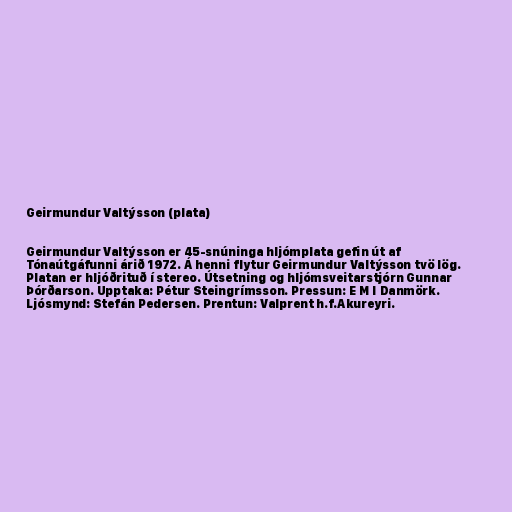
Geirmundur Valtýsson (plata)

Geirmundur Valtýsson er 45-snúninga hljómplata gefin út af
Tónaútgáfunni árið 1972. Á henni flytur Geirmundur Valtýsson tvö lög.
Platan er hljóðrituð í stereo. Útsetning og hljómsveitarstjórn Gunnar
Þórðarson. Upptaka: Pétur Steingrímsson. Pressun: E M I Danmörk.
Ljósmynd: Stefán Pedersen. Prentun: Valprent h.f.Akureyri.